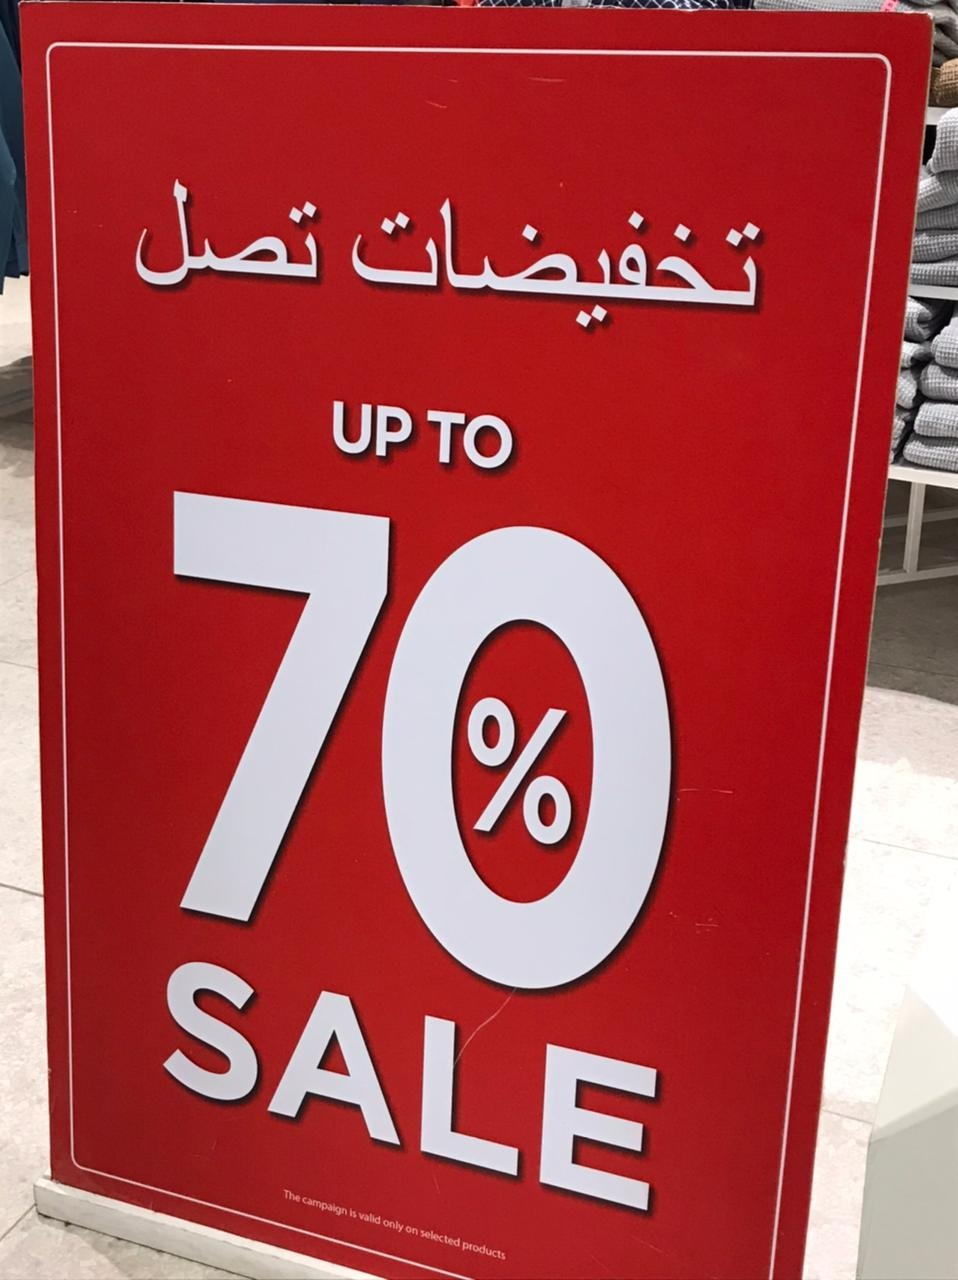
Text in image: تصل تخفيضات TO UP 70 % SALE